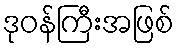
ဒုဝန်ကြီးအဖြစ်